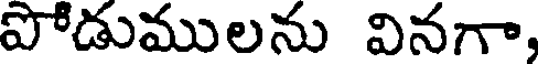
పోడుములను వినగా,